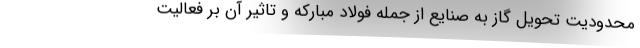
محدودیت تحویل گاز به صنایع از جمله فولاد مبارکه و تاثیر آن بر فعالیت